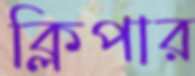
ক্লিপার